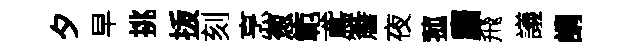
夕早挑㧞刻烹葱範鳶簷夜菰麕飛議謂